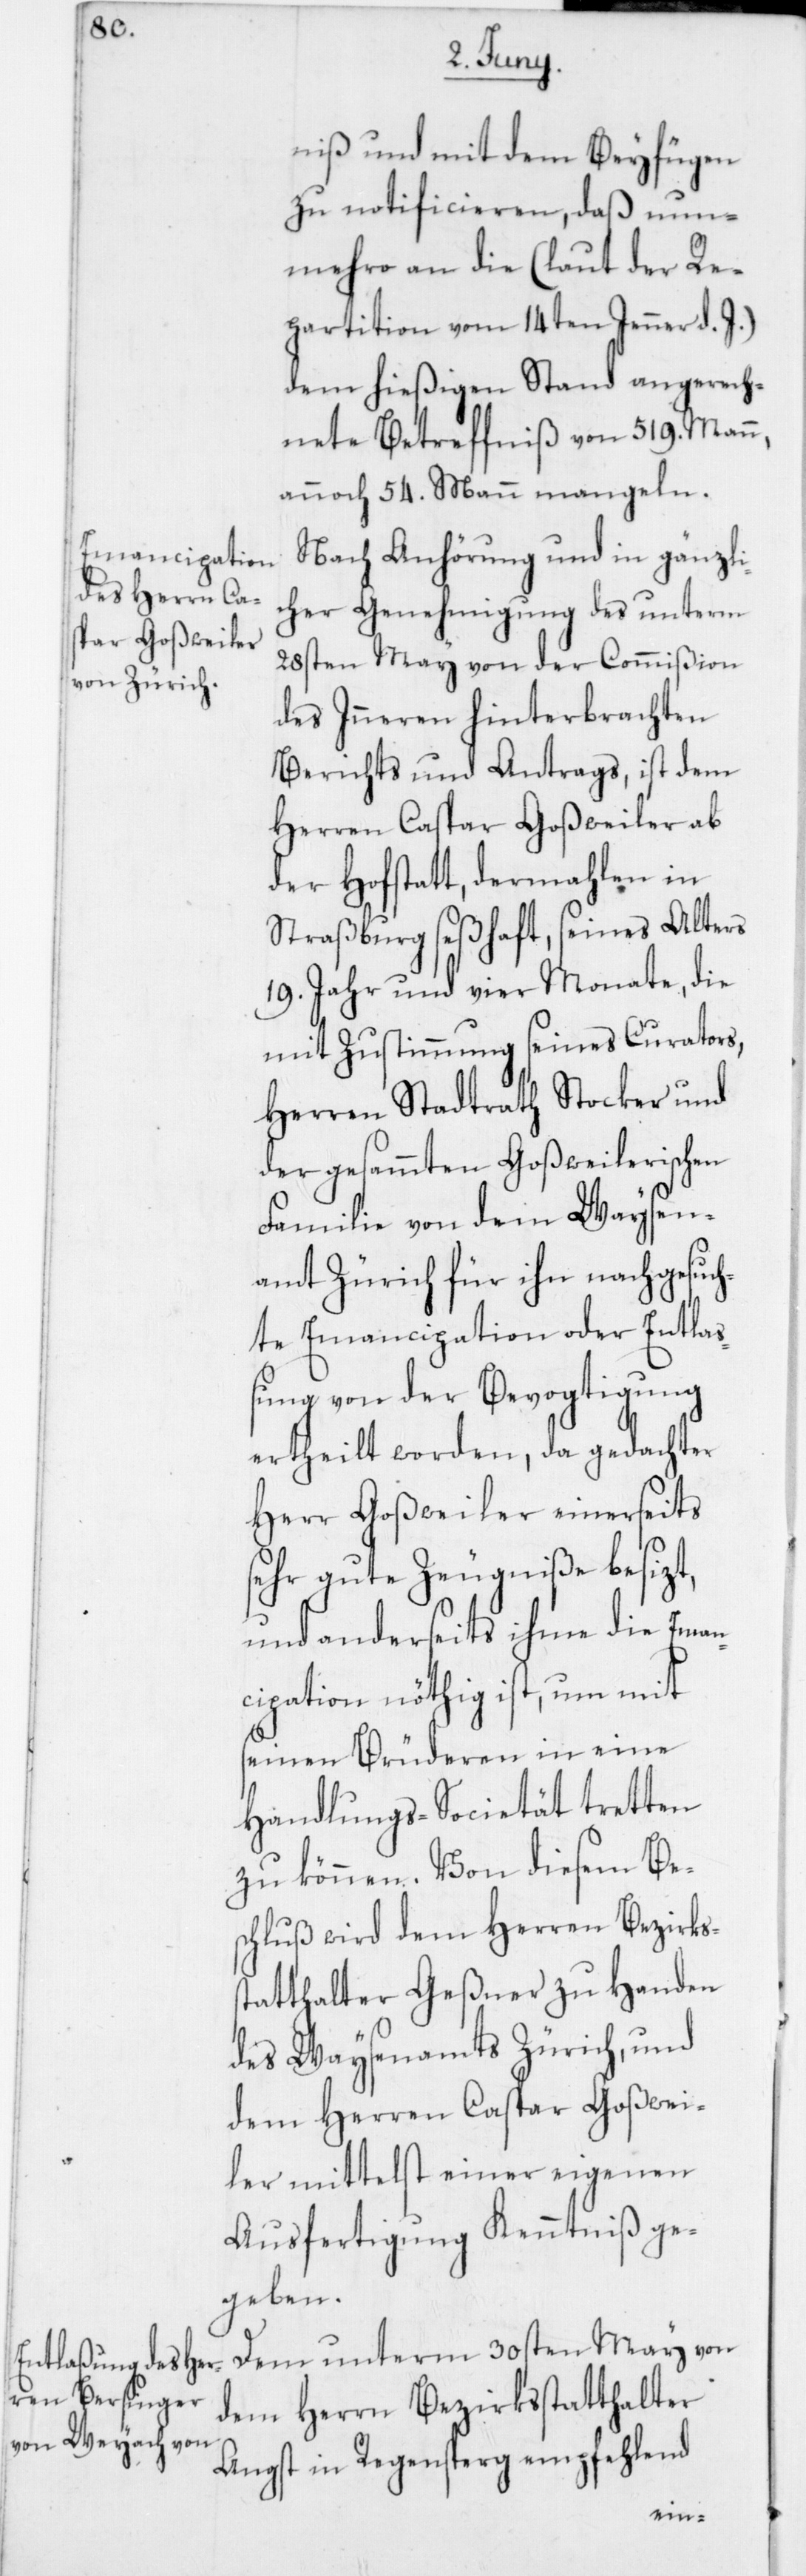
niß und mit dem Beifügen
zu notificieren, daß nun¬
mehro an die (laut der Re¬
partition vom 14. Jenner d. J.)
dem hießigen Stand angerech¬
nete Betreffniß von 519 Mann,
annoch 54 Mann mangeln.
Nach Anhörung und in gänzli¬
cher Genehmigung des unterm
28sten May von der Commißion
des Inneren hinterbrachten
Berichts und Antrags, ist dem
Herren Caspar Goßweiler ab
der Hofstatt, dermahlen in
Straßburg seßhaft, seines Alters
19 Jahr und vier Monate, die
mit Zustimmung seines Curators,
Herren Stadtrath Stocker und
der gesamten Goßweilerischen
Familie von dem Waysen¬
amt Zürich für ihn nachgesuch¬
te Emancipation oder Entla¬
ßung von der Bevogtigung
ertheilt worden, da gedachter
Herr Goßweiler einerseits
sehr gute Zeugniße besizt,
und anderseits ihme die Eman¬
cipation nöthig ist, um mit
seinen Brüderen in eine
Handlungs-Societät tretten
zu können. Von diesem Be¬
schluß wird dem Herren Bezirks¬
statthalter Geßner zu Handen
des Waysenamts Zürich, und
dem Herren Caspar Goßwei¬
ler mittelst einer eigenen
Ausfertigung Kenntniß ge¬
geben.
Dem unterm 30sten May von
dem Herrn Bezirksstatthalter
Angst in Regensperg empfehlend